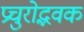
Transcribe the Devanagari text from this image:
प्रचुरोद्भवक